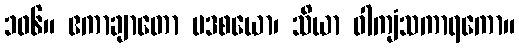
၁၀၆။ ဧကာချာတော ပဒစယော၊ သိယာ ဝါကျံသကာရကော။